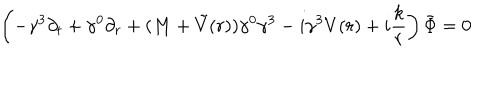
\left( - \gamma ^ { 3 } \partial _ { t } + \gamma ^ { 0 } \partial _ { r } + ( M + \tilde { V } ( r ) ) \gamma ^ { 0 } \gamma ^ { 3 } - i \gamma ^ { 3 } V ( r ) + i \frac k r \right) \bar { \Phi } = 0